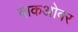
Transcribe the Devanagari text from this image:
वाकओवर